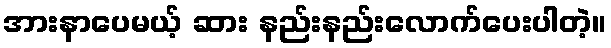
အားနာပေမယ့် ဆား နည်းနည်းလောက်ပေးပါတဲ့။